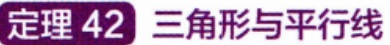
定理 42 三角形与平行线